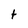
Character: t